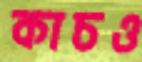
কাচও